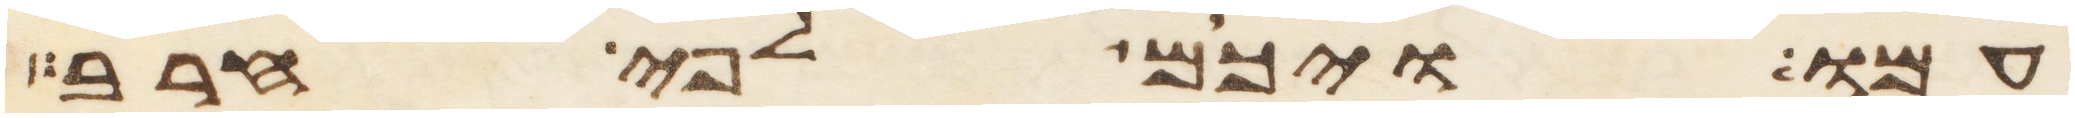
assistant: עמו ויכם לפי חרב